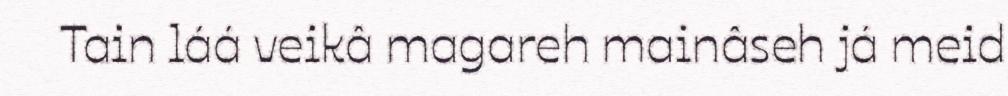
Tain láá veikâ magareh mainâseh já meid